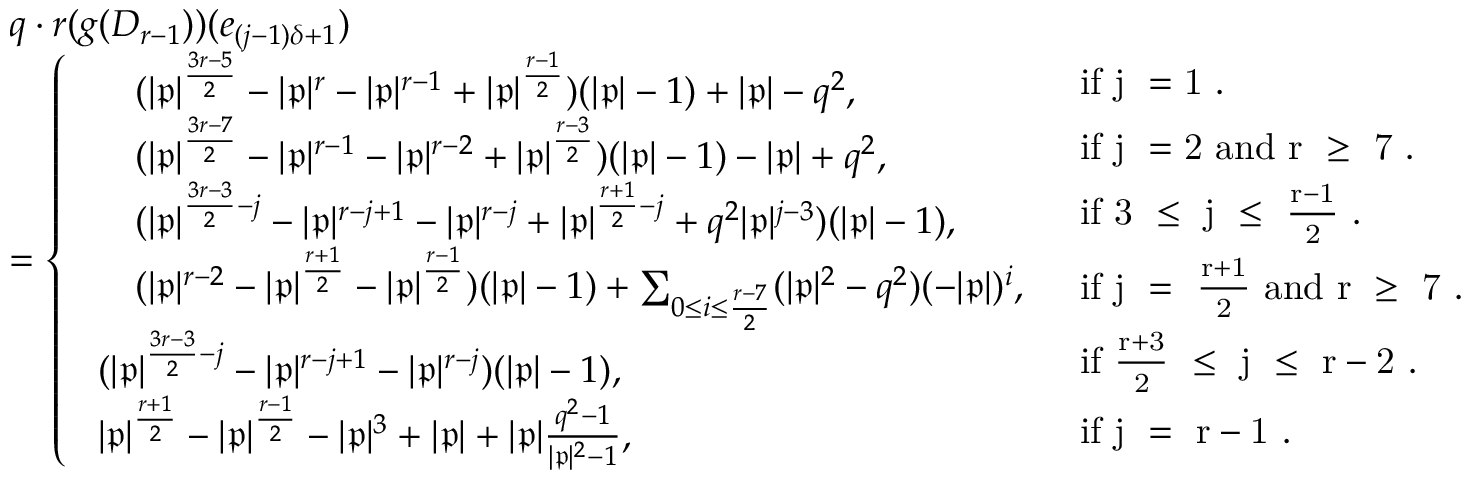
\begin{array} { r l } & { q \cdot r ( g ( D _ { r - 1 } ) ) ( e _ { ( j - 1 ) \delta + 1 } ) } \\ & { = \left\{ \begin{array} { l l } { \! \begin{array} { r l } & { ( | \mathfrak { p } | ^ { \frac { 3 r - 5 } { 2 } } - | \mathfrak { p } | ^ { r } - | \mathfrak { p } | ^ { r - 1 } + | \mathfrak { p } | ^ { \frac { r - 1 } { 2 } } ) ( | \mathfrak { p } | - 1 ) + | \mathfrak { p } | - q ^ { 2 } , } \end{array} } & { \mathrm { i f ~ j ~ = 1 ~ . } } \\ { \! \begin{array} { r l } & { ( | \mathfrak { p } | ^ { \frac { 3 r - 7 } { 2 } } - | \mathfrak { p } | ^ { r - 1 } - | \mathfrak { p } | ^ { r - 2 } + | \mathfrak { p } | ^ { \frac { r - 3 } { 2 } } ) ( | \mathfrak { p } | - 1 ) - | \mathfrak { p } | + q ^ { 2 } , } \end{array} } & { \mathrm { i f ~ j ~ = 2 ~ a n d ~ r ~ \geq ~ 7 ~ . } } \\ { \! \begin{array} { r l } & { ( | \mathfrak { p } | ^ { \frac { 3 r - 3 } { 2 } - j } - | \mathfrak { p } | ^ { r - j + 1 } - | \mathfrak { p } | ^ { r - j } + | \mathfrak { p } | ^ { \frac { r + 1 } { 2 } - j } + q ^ { 2 } | \mathfrak { p } | ^ { j - 3 } ) ( | \mathfrak { p } | - 1 ) , } \end{array} } & { \mathrm { i f ~ 3 ~ \leq ~ j ~ \leq ~ \frac { r - 1 } { 2 } ~ . } } \\ { \! \begin{array} { r l } & { ( | \mathfrak { p } | ^ { r - 2 } - | \mathfrak { p } | ^ { \frac { r + 1 } { 2 } } - | \mathfrak { p } | ^ { \frac { r - 1 } { 2 } } ) ( | \mathfrak { p } | - 1 ) + \sum _ { 0 \leq i \leq \frac { r - 7 } { 2 } } ( | \mathfrak { p } | ^ { 2 } - q ^ { 2 } ) ( - | \mathfrak { p } | ) ^ { i } , } \end{array} } & { \mathrm { i f ~ j ~ = ~ \frac { r + 1 } { 2 } ~ a n d ~ r ~ \geq ~ 7 ~ . } } \\ { \! \begin{array} { r } { ( | \mathfrak { p } | ^ { \frac { 3 r - 3 } { 2 } - j } - | \mathfrak { p } | ^ { r - j + 1 } - | \mathfrak { p } | ^ { r - j } ) ( | \mathfrak { p } | - 1 ) , } \end{array} } & { \mathrm { i f ~ \frac { r + 3 } { 2 } ~ \leq ~ j ~ \leq ~ r - 2 ~ . } } \\ { \! \begin{array} { r } { | \mathfrak { p } | ^ { \frac { r + 1 } { 2 } } - | \mathfrak { p } | ^ { \frac { r - 1 } { 2 } } - | \mathfrak { p } | ^ { 3 } + | \mathfrak { p } | + | \mathfrak { p } | \frac { q ^ { 2 } - 1 } { | \mathfrak { p } | ^ { 2 } - 1 } , } \end{array} } & { \mathrm { i f ~ j ~ = ~ r - 1 ~ . } } \end{array} \right. } \end{array}